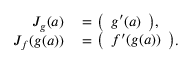
\begin{array} { r l } { J _ { g } ( a ) } & { { } = { \left( \begin{array} { l } { g ^ { \prime } ( a ) } \end{array} \right) } , } \\ { J _ { f } ( g ( a ) ) } & { { } = { \left( \begin{array} { l } { f ^ { \prime } ( g ( a ) ) } \end{array} \right) } . } \end{array}